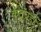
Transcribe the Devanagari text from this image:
कुटुंबेही